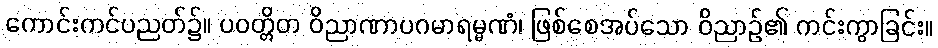
ကောင်းကင်ပညတ်၌။ ပဝတ္တိတ ဝိညာဏာပဂမာရမ္မဏံ၊ ဖြစ်စေအပ်သော ဝိညာဉ်၏ ကင်းကွာခြင်း။